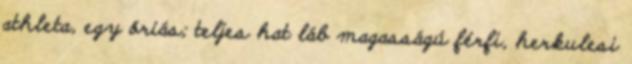
athleta, egy óriás; teljes hat láb magasságú férfi, herkulesi